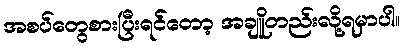
အစပ်တွေစားပြီးရင်တော့ အချိူတည်းလို့ရမှာပါ။